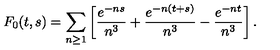
F _ { 0 } ( t , s ) = \sum _ { n \geq 1 } \left[ { \frac { e ^ { - n s } } { n ^ { 3 } } } + { \frac { e ^ { - n ( t + s ) } } { n ^ { 3 } } } - { \frac { e ^ { - n t } } { n ^ { 3 } } } \right] .